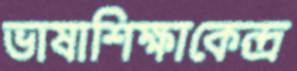
ভাষাশিক্ষাকেন্দ্র